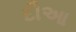
દૌઆ